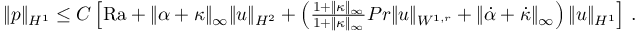
\begin{array} { r } { \| p \| _ { H ^ { 1 } } \leq C \left[ \mathrm { { R a } } + \| \alpha + \kappa \| _ { \infty } \| u \| _ { H ^ { 2 } } + \left( \frac { 1 + \| \kappa \| _ { \infty } } { 1 + \| \kappa \| _ { \infty } } { { P r } } \| u \| _ { W ^ { 1 , r } } + \| \dot { \alpha } + \dot { \kappa } \| _ { \infty } \right) \| u \| _ { H ^ { 1 } } \right] \, . } \end{array}